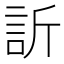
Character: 訢